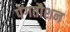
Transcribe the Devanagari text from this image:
पेंगतौशन